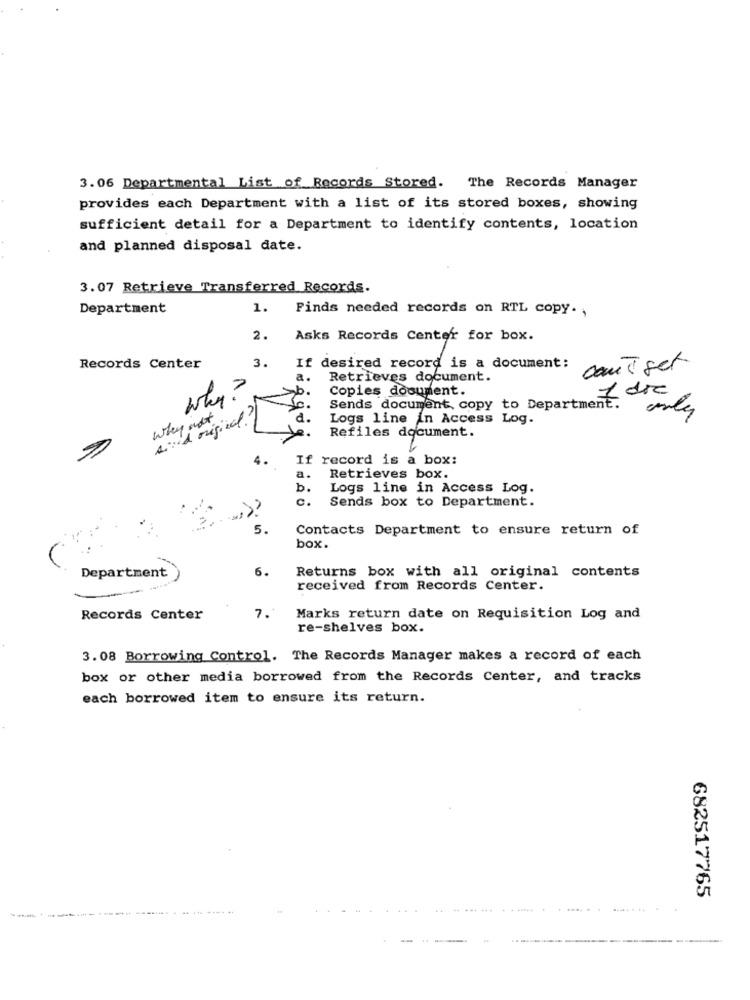
3.06 Departmental List of Records Stored. The Records Manager
provides each Department with a list of its stored boxes, showing
sufficient detail for a Department to identify contents, location
and planned disposal date.
3.07 Retrieve Transferred Records.
Department
1.
Finds needed records on RTL copy. ,
2.
Asks Records Center for box.
3.
Records Center
If desired record is a document:
canT set
Retrieves document.
Copies document.
Why
Sends document, copy to Department, die
why not
Logs line in Access Log.
Refiles document.
If record is a box:
a.
Retrieves box.
b.
Logs line in Access Log.
c.
Sends box to Department.
5.
Contacts Department to ensure return of
box.
6.
Returns box with all original contents
Department
received from Records Center.
7.+
Records Center
Marks return date on Requisition Log and
re-shelves box.
3.08 Borrowing Control. The Records Manager makes a record of each
box or other media borrowed from the Records Center, and tracks
each borrowed item to ensure its return.
682517765
-